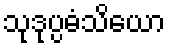
သုဒုပ္ပဓံသိယော